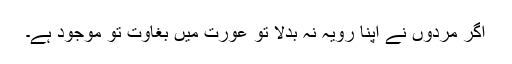
اگر مردوں نے اپنا رویہ نہ بدلا تو عورت میں بغاوت تو موجود ہے۔